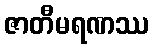
ဇာတီမရဏဿ